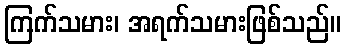
ကြက်သမား၊ အရက်သမားဖြစ်သည်။